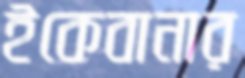
ইকেবানার